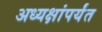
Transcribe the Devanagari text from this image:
अध्यक्षांपर्यंत